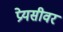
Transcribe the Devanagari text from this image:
प्रेयसीवर